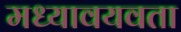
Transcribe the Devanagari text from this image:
मध्यावयवता